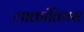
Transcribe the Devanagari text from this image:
लाक्तांतियस